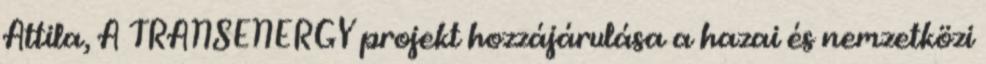
Attila, A TRANSENERGY projekt hozzájárulása a hazai és nemzetközi